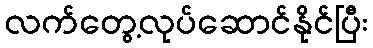
လက်တွေ့လုပ်ဆောင်နိုင်ပြီး